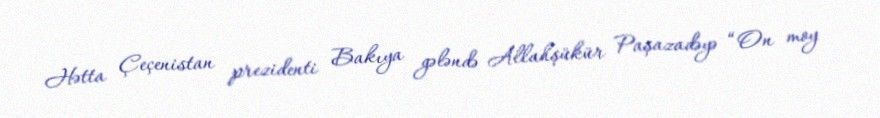
Hətta Çeçenistan prezidenti Bakıya gələndə Allahşükür Paşazadəyə “On moy